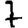
Digit: 7